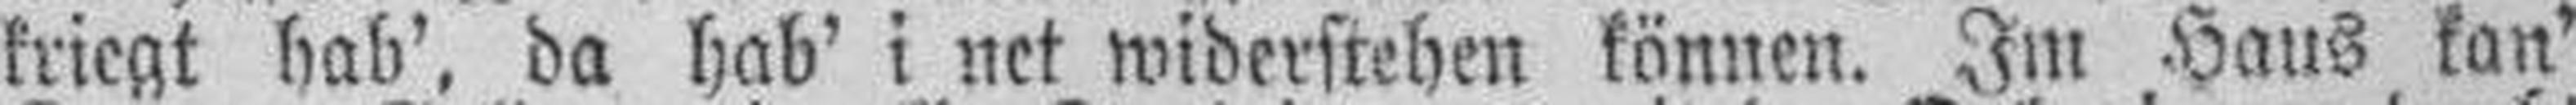
kriegt hab', da hab' i net widerstehen können. Im Haus kan'